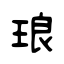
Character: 琅